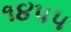
૧૪૫૫